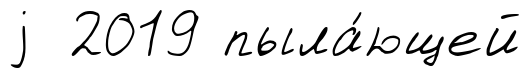
j 2019 пыла́ющей